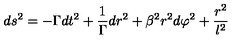
d s ^ { 2 } = - \Gamma d t ^ { 2 } + \frac 1 \Gamma d r ^ { 2 } + \beta ^ { 2 } r ^ { 2 } d \varphi ^ { 2 } + \frac { r ^ { 2 } } { l ^ { 2 } }